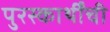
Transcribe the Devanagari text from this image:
पुरस्कार्थींची